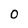
Character: O